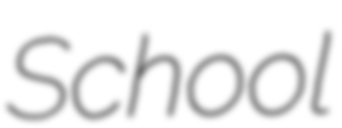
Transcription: School